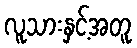
လူသားနှင့်အတူ